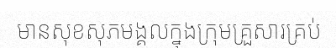
មានសុខសុភមង្គលក្នុងក្រុមគ្រួសារគ្រប់